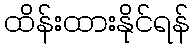
ထိန်းထားနိုင်ရန်